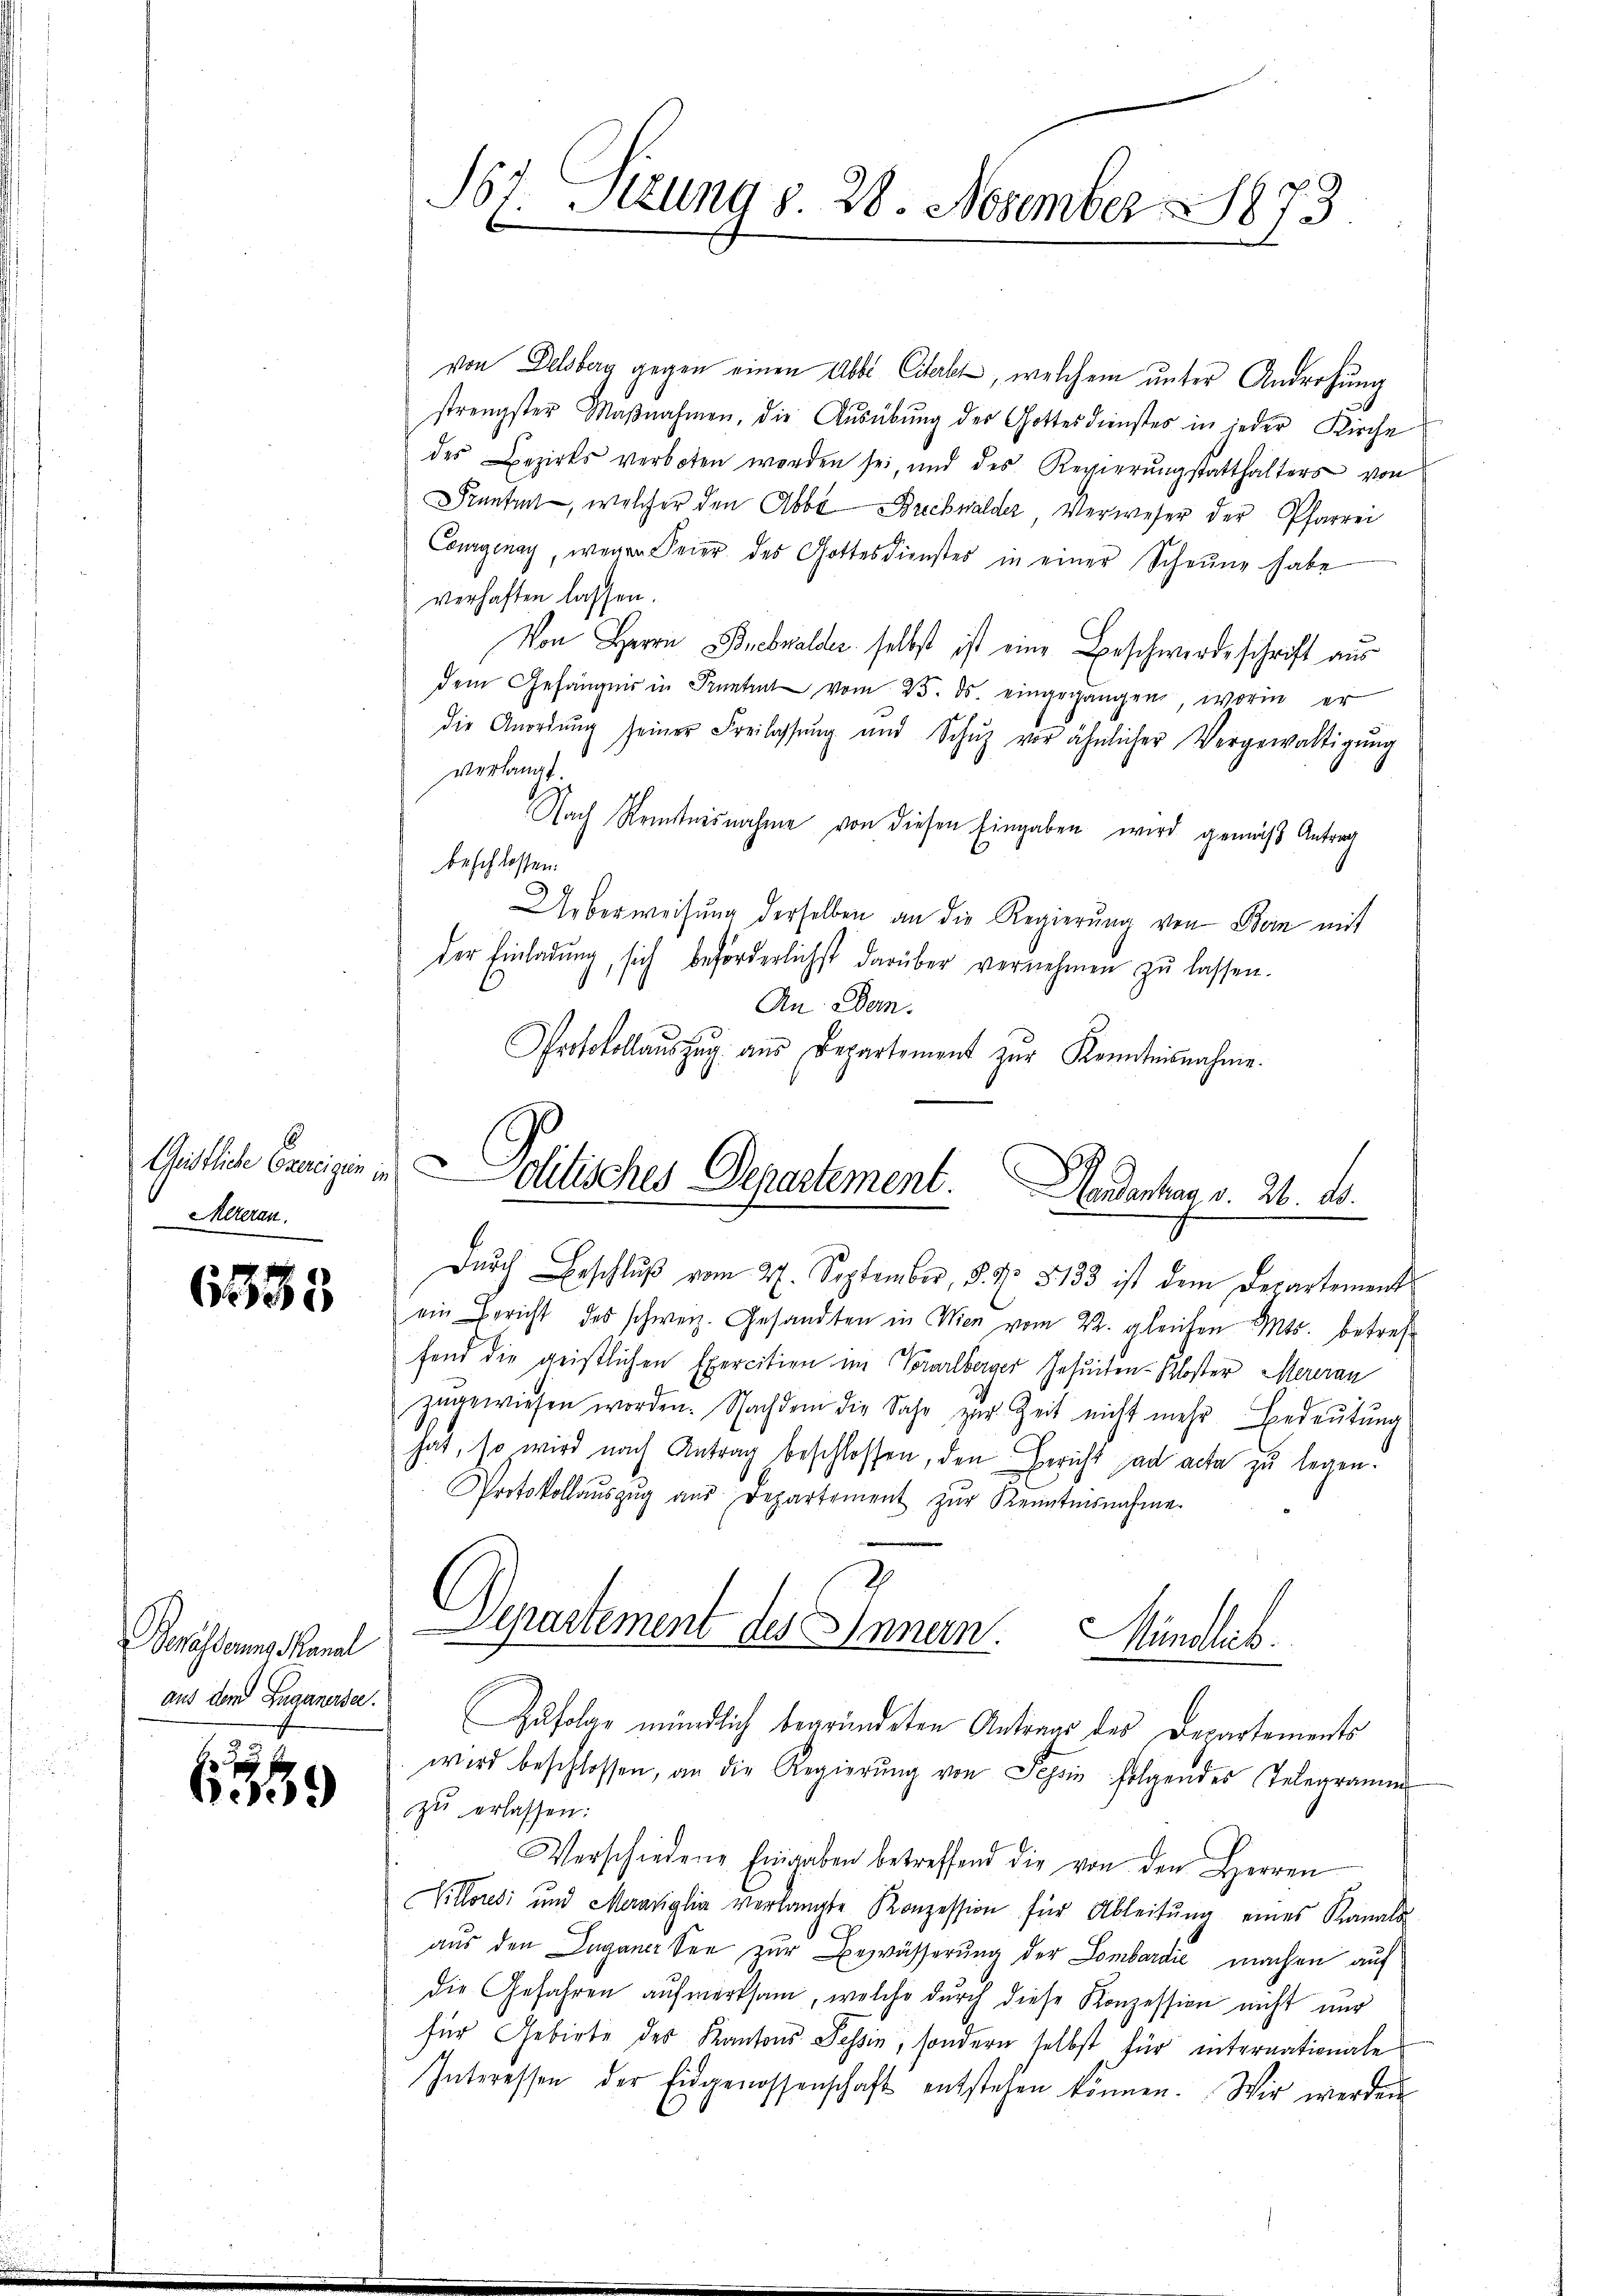
Geistliche Ereigen in
Mereren.

6339

Serasserung Kanal

6

167. Sizung d. 28. November 1873

von Delsberg gegen einen Abbe Citerkt, welchem unter Androhung
strengster Maβnahmen, die Aŭsübŭng des Gottesdienstes in jeder Kirche
des Bezirks verboten worden sei, und des Regierŭngstatthalters von
Frantent, welcher den Abbe Buchwalder, Verweser der Pfarrei
Comgenay, wegen Feier des Gottesdienstes in einer Scheune habe
verhaften lassen.
Von Herrn Brebwalder selbst ist eine Beschwerdeschrift aus
dem Gefängnis in Frantrat vom 25. ds. eingegangen, worin er
die Anordŭng seiner Freilassŭng und Schŭz vor ähnlicher Vergewältigŭng
verlangt.
Nach Kenntnisnahme von diesen Eingaben wird gemäß Antrag
beschlossen.
Ueberweisung derselben an die Regierŭng von Dein mit
der Einladung, sich beförderlichst darüber vernehmen zŭ lassen.
An Dan
Protokollaŭszŭg aŭs Departement zŭr Kenntnisnahme.
Dŭrch Beschlŭβ vom 27. September, 8. No. 5133 ist dem Departement
ein Bericht des schweiz. Gesandten in Wien vom 22. gleichen Mts. betreffend die geistlichen Exercition im Vorarlberger Jesuiten-Kloster Mereran
ungewiesen worden. Nachdem die Jahr zur Zeit nicht mehr Bedeutung
hat, so wird nach Antrag beschlossen, den Bericht ad acta zu legen.
Protokollaŭszŭg aŭs Departement zŭr Kenntnisnahme.
Departement des Innern. Mündlich.
aus der Luganosa. Zufolge mündlich begründeten Antrags des Departements
wird beschlossen, an die Regierŭng von Schon folgendes Telegramm
zŭ erlassen:
Verschiedene Eingaben betreffend die von den Herren
Vittores und Mariglia verlangte Konzession für Ableitŭng eines Kanalo
aus den Luganer See zur Bezwässerung der Lombardić machen auf
die Gefahren aufmerksam, welche durch diese Konzession nicht nur
für Gebiete des Kantons Tessin, sondern selbst für internationale
Interessen der Eidgenossenschaft entstehen können. Wir werden

olitisches Departement. Mandanken v. 26. ds.